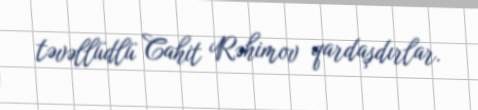
təvəllüdlü Cahit Rəhimov qardaşdırlar.